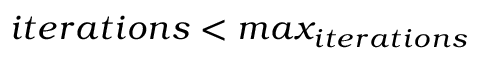
i t e r a t i o n s < m a x _ { i t e r a t i o n s }